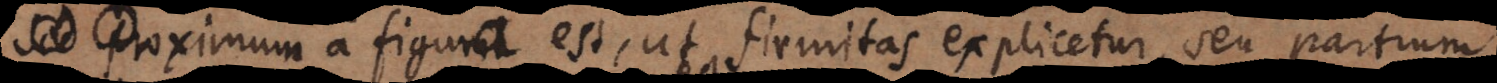
. Proximum a figura est, ut firmitas explicetur, seu partium